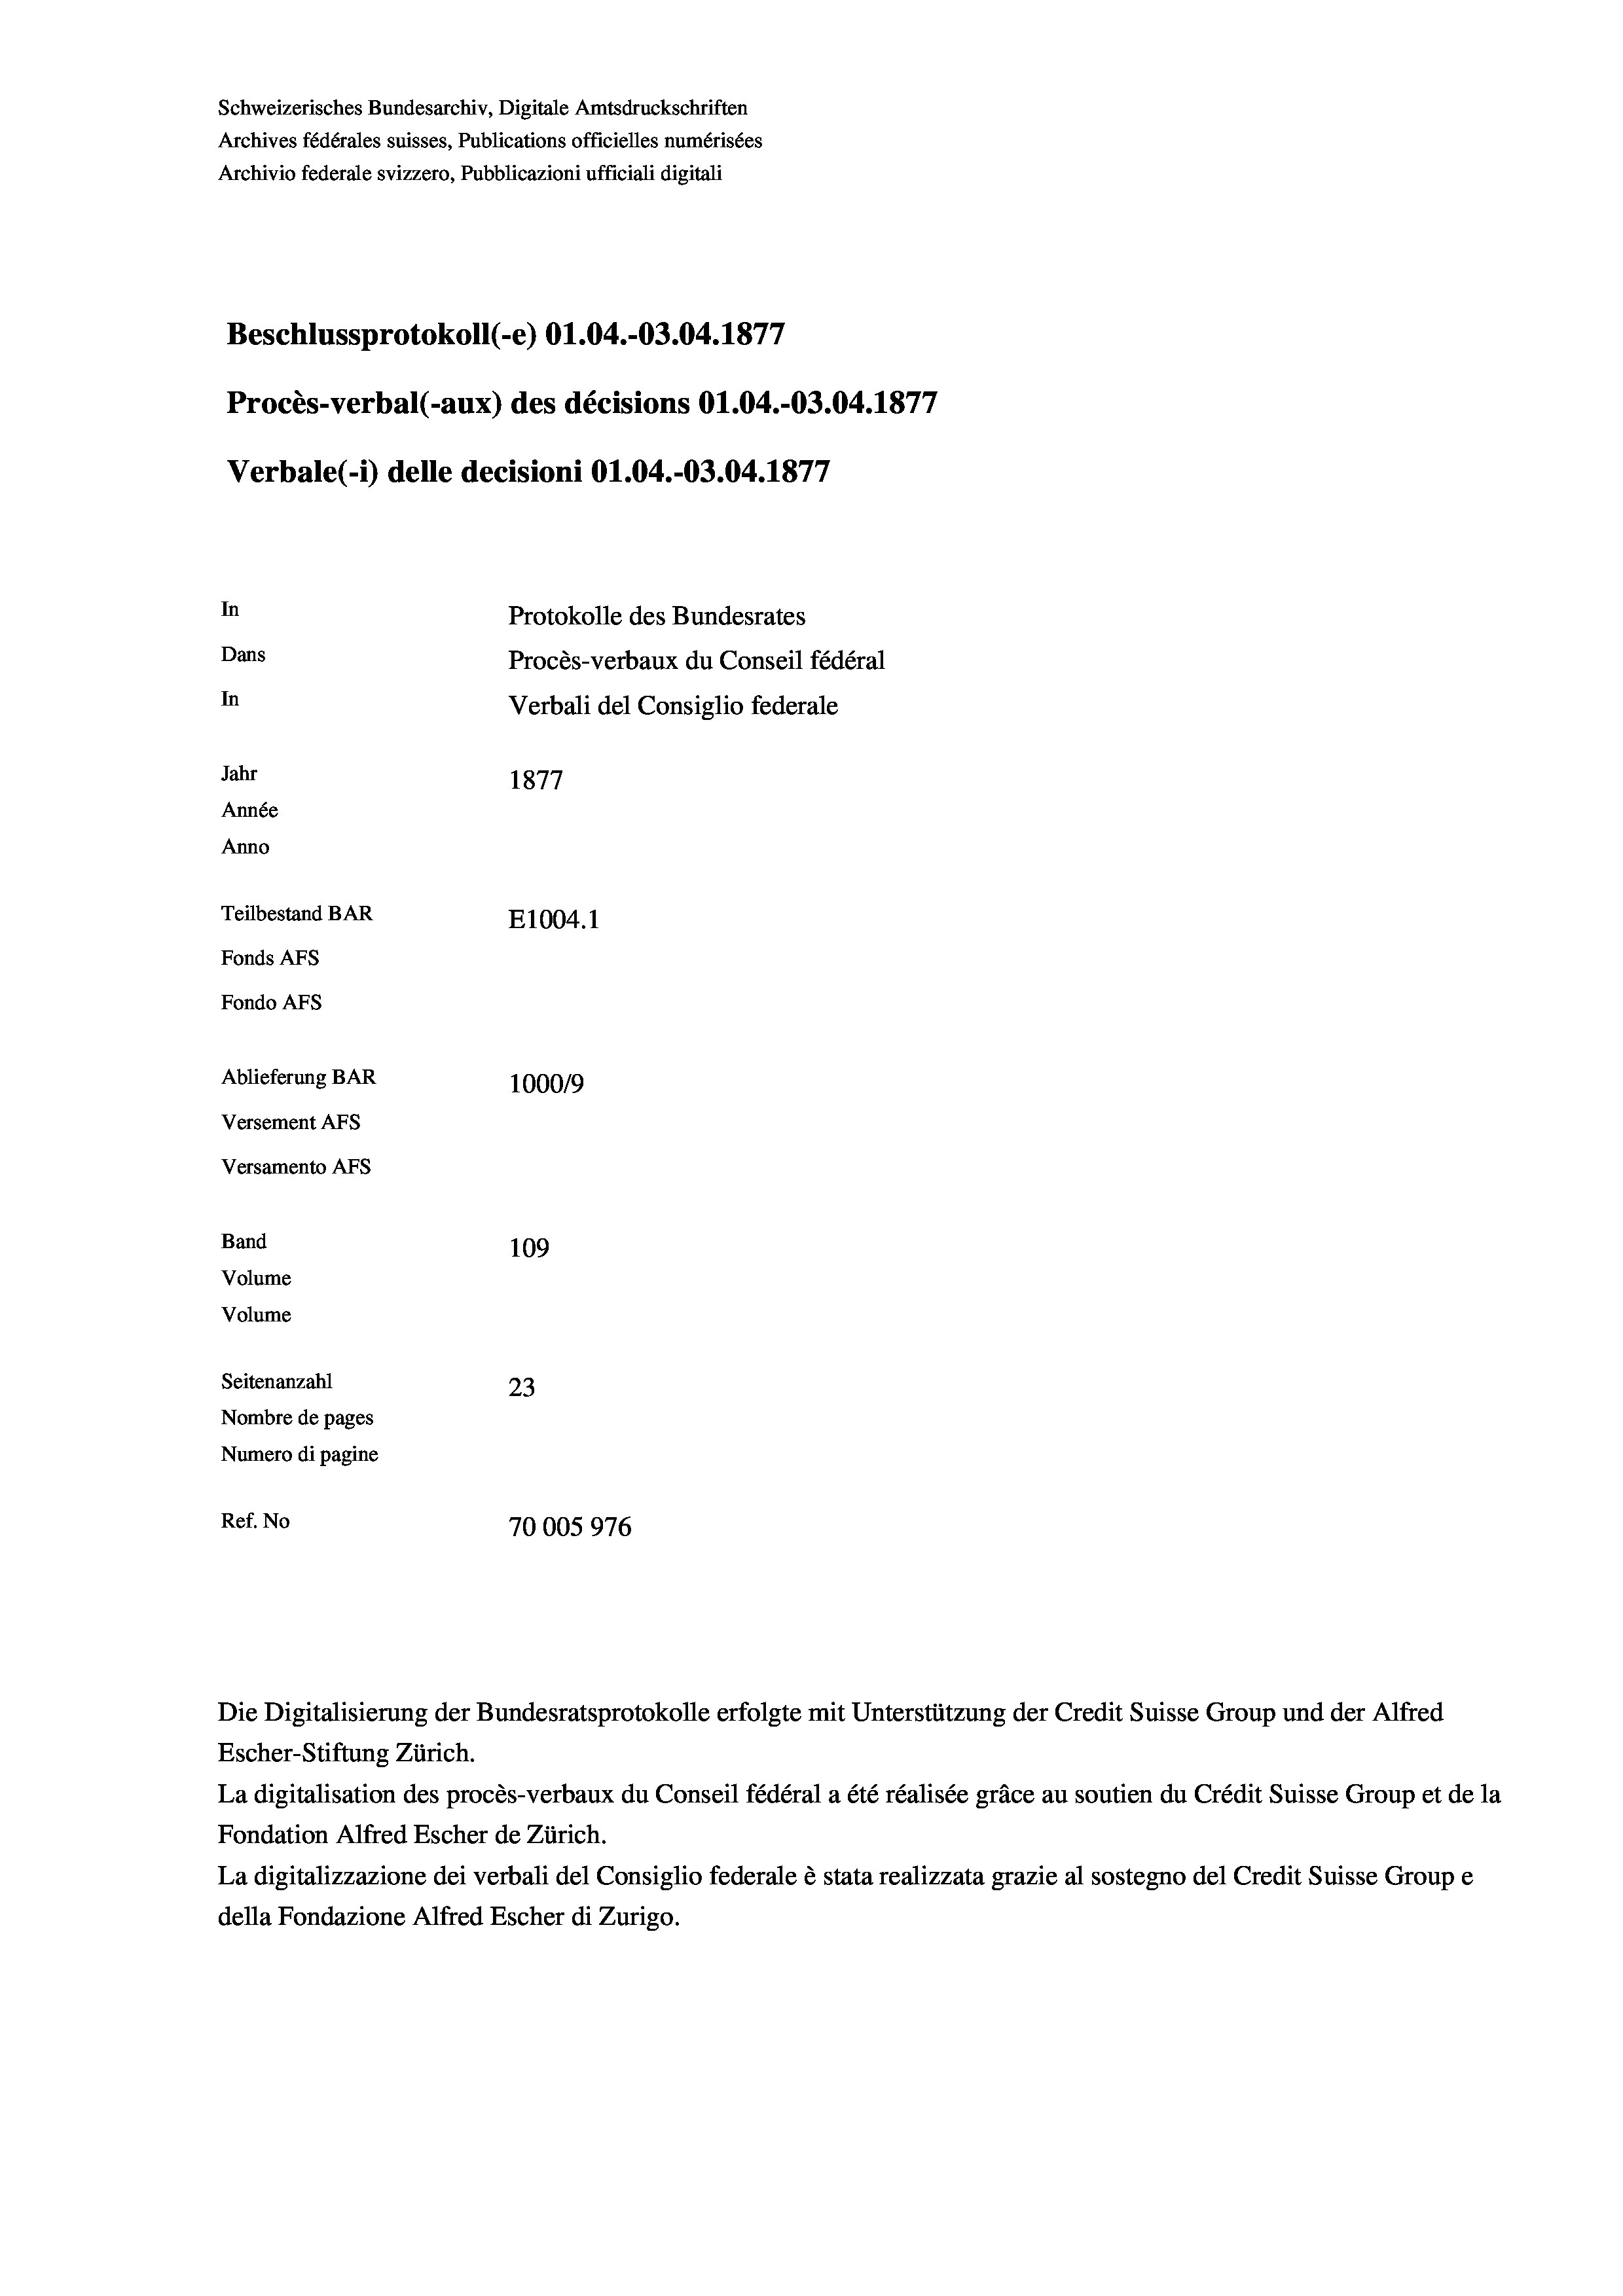
Schweizerisches Bundesarchiv, Digitale Amtsdruckschriften
Archives fédérales suisses, Publications officielles numérisées
Archivio federale svizzero, Pubblicazioni ufficiali digitali
Beschlussprotokoll (-e) 01.04.-03.04. 1877
Procès-verbal (-aux) des décisions 01.04.-O3.04. 1877
Verbale (- 1) delle decisioni Ol.04.-03.04. 1877
In
Protokolle des Bundesrates
Dans
Procès-verbaux du Conseil fédéral
In
Verbali del Consiglio federale
Jahr
1877
Année
Anno
Teilbestand BAR
E1004.1
Fonds Afs
Fondo AFS
Ablieferung BAR
100019
Versement AFs
Versamento AFs
Band
109
Volume
Volume

Seitenanzahl
23
Nombre de pages
Numero di pagine
Ref. No
70005976

Escher-Stiftung Zürich.
La digitalisation des procès-verbaux du Conseil fédéral a été réalisée gräce au soutien du Crédit Suisse Group et de la
Fondation Alfred Escher de Zürich.
La digitalizzazione dei verbali del Consiglio federale è stata realizzata grazie al sostegno del Credit Suisse Groupe
della Fondazione Alfred Escher di Zurigo.

Die Digitalisierung der Bundesratsprotokolle erfolgte mit Unterstützung der Credit Suisse Group und der Alfred